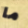
ما